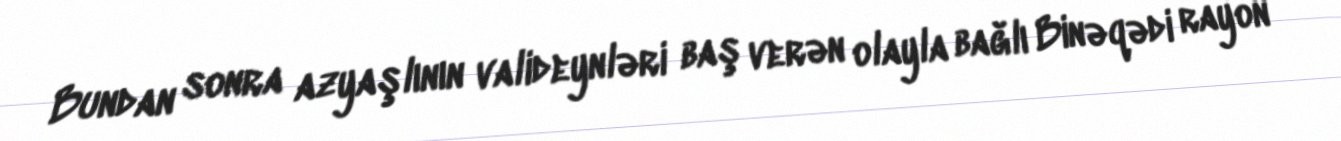
Bundan sonra azyaşlının valideynləri baş verən olayla bağlı Binəqədi rayon